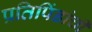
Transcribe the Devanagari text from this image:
प्रतिपिंडांची